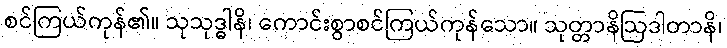
စင်ကြယ်ကုန်၏။ သုသုဒ္ဓါနိ၊ ကောင်းစွာစင်ကြယ်ကုန်သော။ သုတ္တာနိဩဒါတာနိ၊